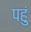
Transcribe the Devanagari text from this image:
पहुं